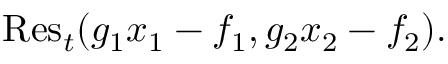
{ \mathrm { R e s } } _ { t } ( g _ { 1 } x _ { 1 } - f _ { 1 } , g _ { 2 } x _ { 2 } - f _ { 2 } ) .